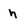
Character: h